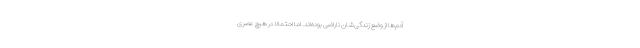
آدم‌ها از وضع زندگی‌شان ناراضی بوده‌اند. اما احتمالاً در هیچ عصری